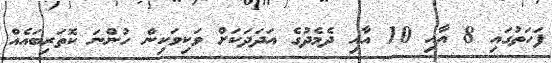
ފަހަތުގައި 8 އާއި 10 އާއި ދެމެދުގެ އަދަދަކަށް ވަކިވަކިން ހުންނަ ކޮތަރިބައެއް